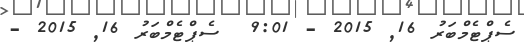
ސެޕްޓެމްބަރު 16